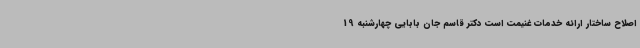
اصلاح ساختار ارائه خدمات غنیمت است دکتر قاسم جان بابایی چهارشنبه 19